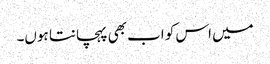
میں اس کو اب بھی پہچانتا ہوں۔